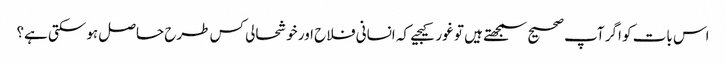
اس بات کو اگر آپ صحیح سمجھتے ہیں تو غور کیجیے کہ انسانی فلاح اور خوشحالی کس طرح حاصل ہوسکتی ہے؟